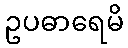
ဥပဓာရေမိ